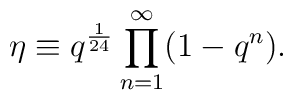
\eta \equiv 	q^{\frac 1 {24}} \prod^\infty_{n = 1} (1-q^n).